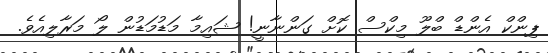
ޕިންކް އެންޑް ބްލޫ މިކްސް ކޮށް ގަންނާނީ! ޝައިމާ މަޑުމަޑުން ލޯ މަރާލިއެވެ.